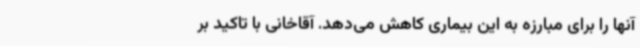
آنها را برای مبارزه به این بیماری کاهش می‌دهد. آقاخانی با تاکید بر